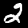
Digit: 2